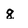
Character: 8